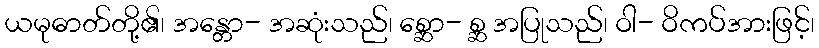
ယမုဓာတ်တို့၏၊ အန္တော- အဆုံးသည်၊ စ္ဆော- စ္ဆ အပြုသည်၊ ဝါ- ဝိကပ်အားဖြင့်၊